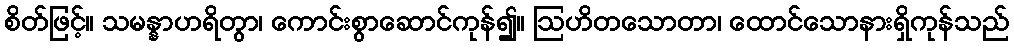
စိတ်ဖြင့်။ သမန္နာဟရိတွာ၊ ကောင်းစွာဆောင်ကုန်၍။ ဩဟိတသောတာ၊ ထောင်သောနားရှိကုန်သည်